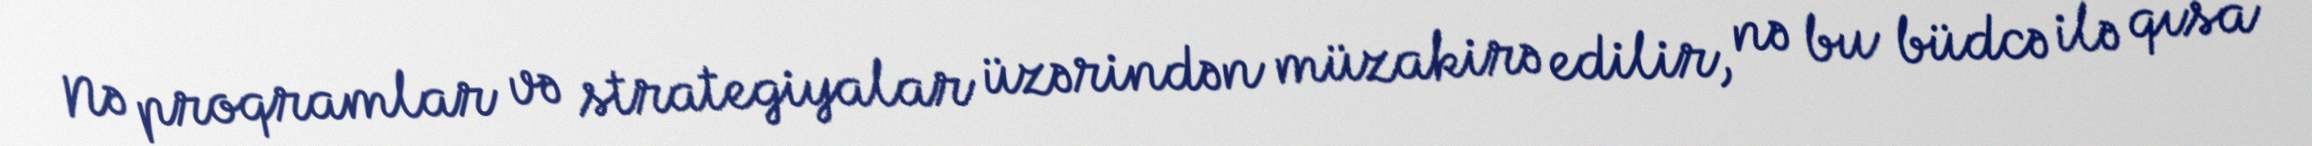
Nə proqramlar və strategiyalar üzərindən müzakirə edilir, nə bu büdcə ilə qısa